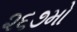
૨૬૭મો